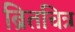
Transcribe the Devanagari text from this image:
ब्रितचित्र